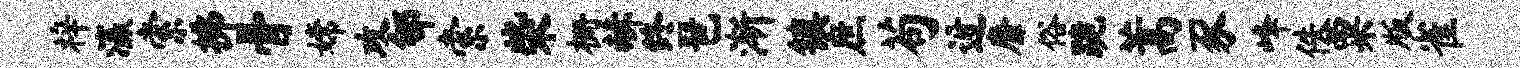
梓瀛索拂骨嫦攻郇索柴栅赫终琶渐镇庶苟迓靡俗跪蒿豕峰佚粟版雀